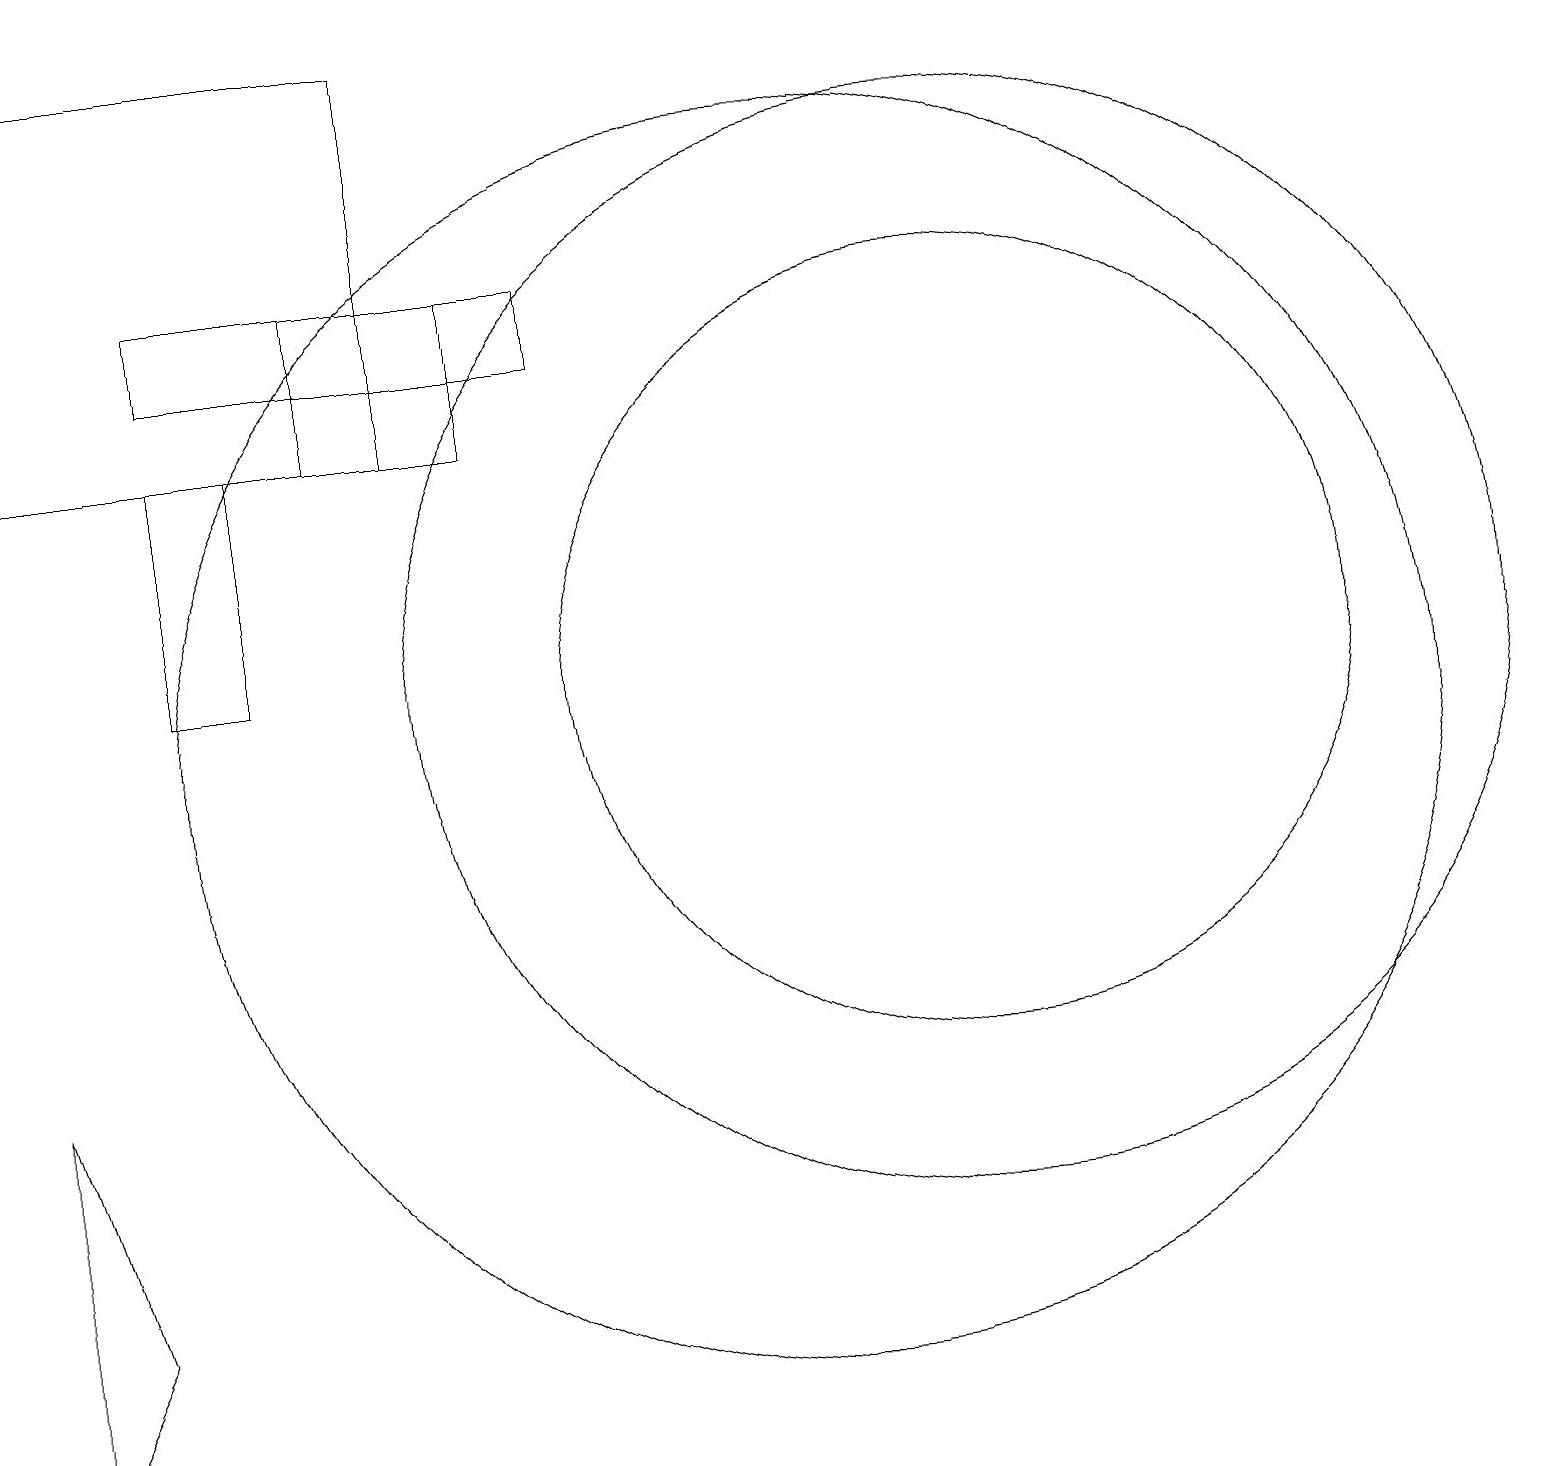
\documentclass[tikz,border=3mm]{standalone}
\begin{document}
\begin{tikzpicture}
\draw (2,16) rectangle (7,15);
\draw (12,11) circle (5);
\draw (5,19) rectangle (0,14);
\draw (3,11) rectangle (2,14);
\draw (12,11) circle (7);
\draw (1,3) -- (0,1) -- (0,6) -- cycle;
\draw (10,10) circle (8);
\draw (6,16) rectangle (4,14);
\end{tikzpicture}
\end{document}